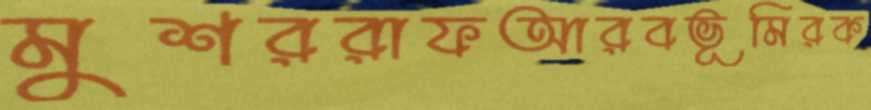
মুশররাফআরবভূমিরক